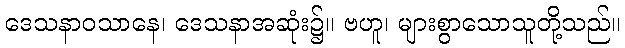
ဒေသနာဝသာနေ၊ ဒေသနာအဆုံး၌။ ဗဟူ၊ များစွာသောသူတို့သည်။